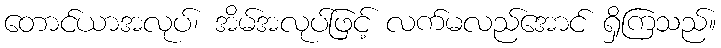
တောင်ယာအလုပ်၊ အိမ်အလုပ်ဖြင့် လက်မလည်အောင် ရှိကြသည်။